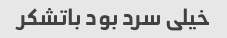
خیلی سرد بود باتشکر